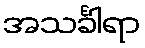
အသင်္ခါရာ